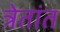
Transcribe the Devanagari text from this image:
त्रेतांत